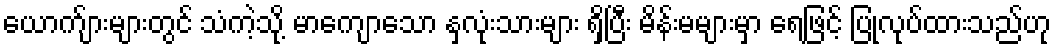
ယောက်ျားများတွင် သံကဲ့သို့ မာကျောသော နှလုံးသားများ ရှိပြီး မိန်းမများမှာ ရေဖြင့် ပြုလုပ်ထားသည်ဟု